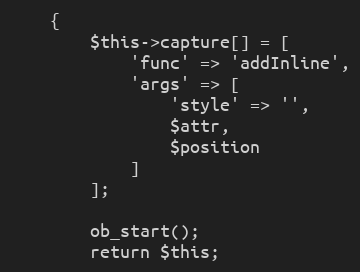
Language: PHP
    {
        $this->capture[] = [
            'func' => 'addInline',
            'args' => [
                'style' => '',
                $attr,
                $position
            ]
        ];

        ob_start();
        return $this;